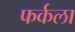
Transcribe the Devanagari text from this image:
फर्कला